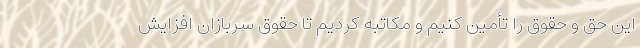
این حق و حقوق را تأمین کنیم و مکاتبه کردیم تا حقوق سربازان افزایش